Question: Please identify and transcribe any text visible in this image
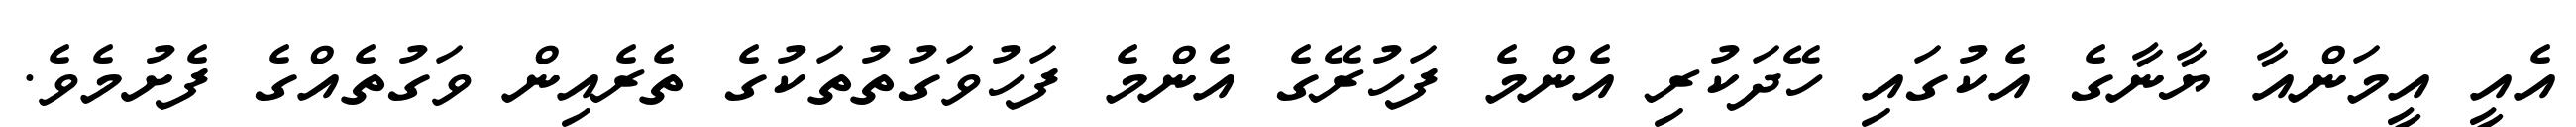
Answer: އެއީ އީމަންއާ ޔާނާގެ އެކުގައި ހޭދަކުރި އެންމެ ފަހުރޭގެ އެންމެ ފަހުވަގުތުތަކުގެ ތެރެއިން ވަގުތެއްގެ ފެށުމެވެ.